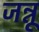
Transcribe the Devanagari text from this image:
जन्नू